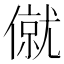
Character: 僦